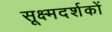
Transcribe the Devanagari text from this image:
सूक्ष्मदर्शकों